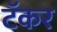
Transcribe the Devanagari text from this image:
टॅकर